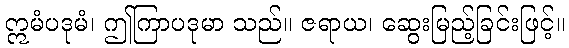
ဣမံပဒုမံ၊ ဤကြာပဒုမာ သည်။ ဇရာယ၊ ဆွေးမြည့်ခြင်းဖြင့်။